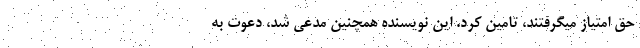
حق امتیاز میگرفتند، تامین کرد. این نویسنده همچنین مدعی شد، دعوت به